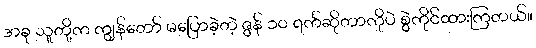
အခု သူတို့က ကျွန်တော် မပြောခဲ့တဲ့ ဇွန် ၁၀ ရက်ဆိုတာကိုပဲ စွဲကိုင်ထားကြတယ်။